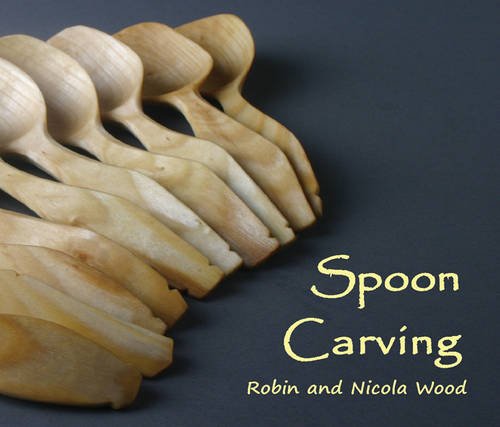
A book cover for Spoon Carving; Robin Wood; Crafts, Hobbies & Home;